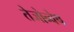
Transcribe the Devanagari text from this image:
तेजोन्वेष